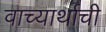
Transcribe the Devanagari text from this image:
वाच्यार्थाची